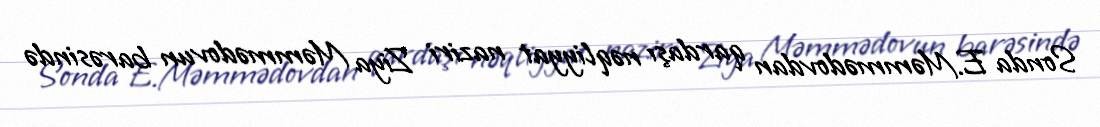
Sonda E.Məmmədovdan qardaşı nəqliyyat naziri Ziya Məmmədovun barəsində